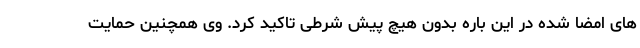
های امضا شده در این باره بدون هیچ پیش شرطی تاکید کرد. وی همچنین حمایت